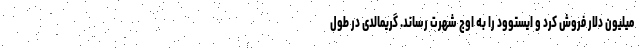
میلیون دلار فروش کرد و ایستوود را به اوج شهرت رساند. گریمالدی در طول